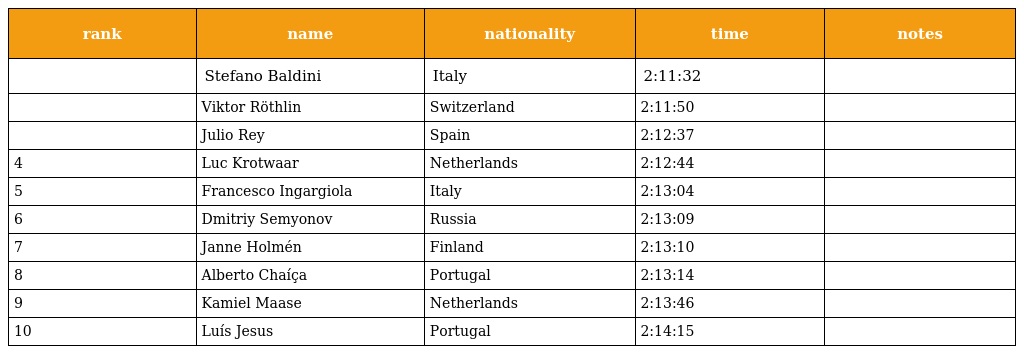
| rank | name | nationality | time | notes |
 | --- | --- | --- | --- | --- |
 |  | Stefano Baldini | Italy | 2:11:32 |  |
 |  | Viktor Röthlin | Switzerland | 2:11:50 |  |
 |  | Julio Rey | Spain | 2:12:37 |  |
 | 4 | Luc Krotwaar | Netherlands | 2:12:44 |  |
 | 5 | Francesco Ingargiola | Italy | 2:13:04 |  |
 | 6 | Dmitriy Semyonov | Russia | 2:13:09 |  |
 | 7 | Janne Holmén | Finland | 2:13:10 |  |
 | 8 | Alberto Chaíça | Portugal | 2:13:14 |  |
 | 9 | Kamiel Maase | Netherlands | 2:13:46 |  |
 | 10 | Luís Jesus | Portugal | 2:14:15 |  |